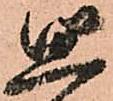
思